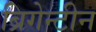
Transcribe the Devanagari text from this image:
ब्रिगेन्टीन